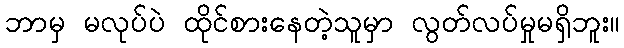
ဘာမှ မလုပ်ပဲ ထိုင်စားနေတဲ့သူမှာ လွတ်လပ်မှုမရှိဘူး။